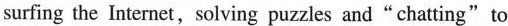
surfing the Internet, solving puzzles and"chatting"to